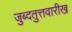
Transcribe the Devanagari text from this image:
जुब्दतुत्तवारीख